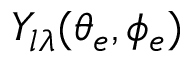
Y _ { l \lambda } ( \theta _ { e } , \phi _ { e } )